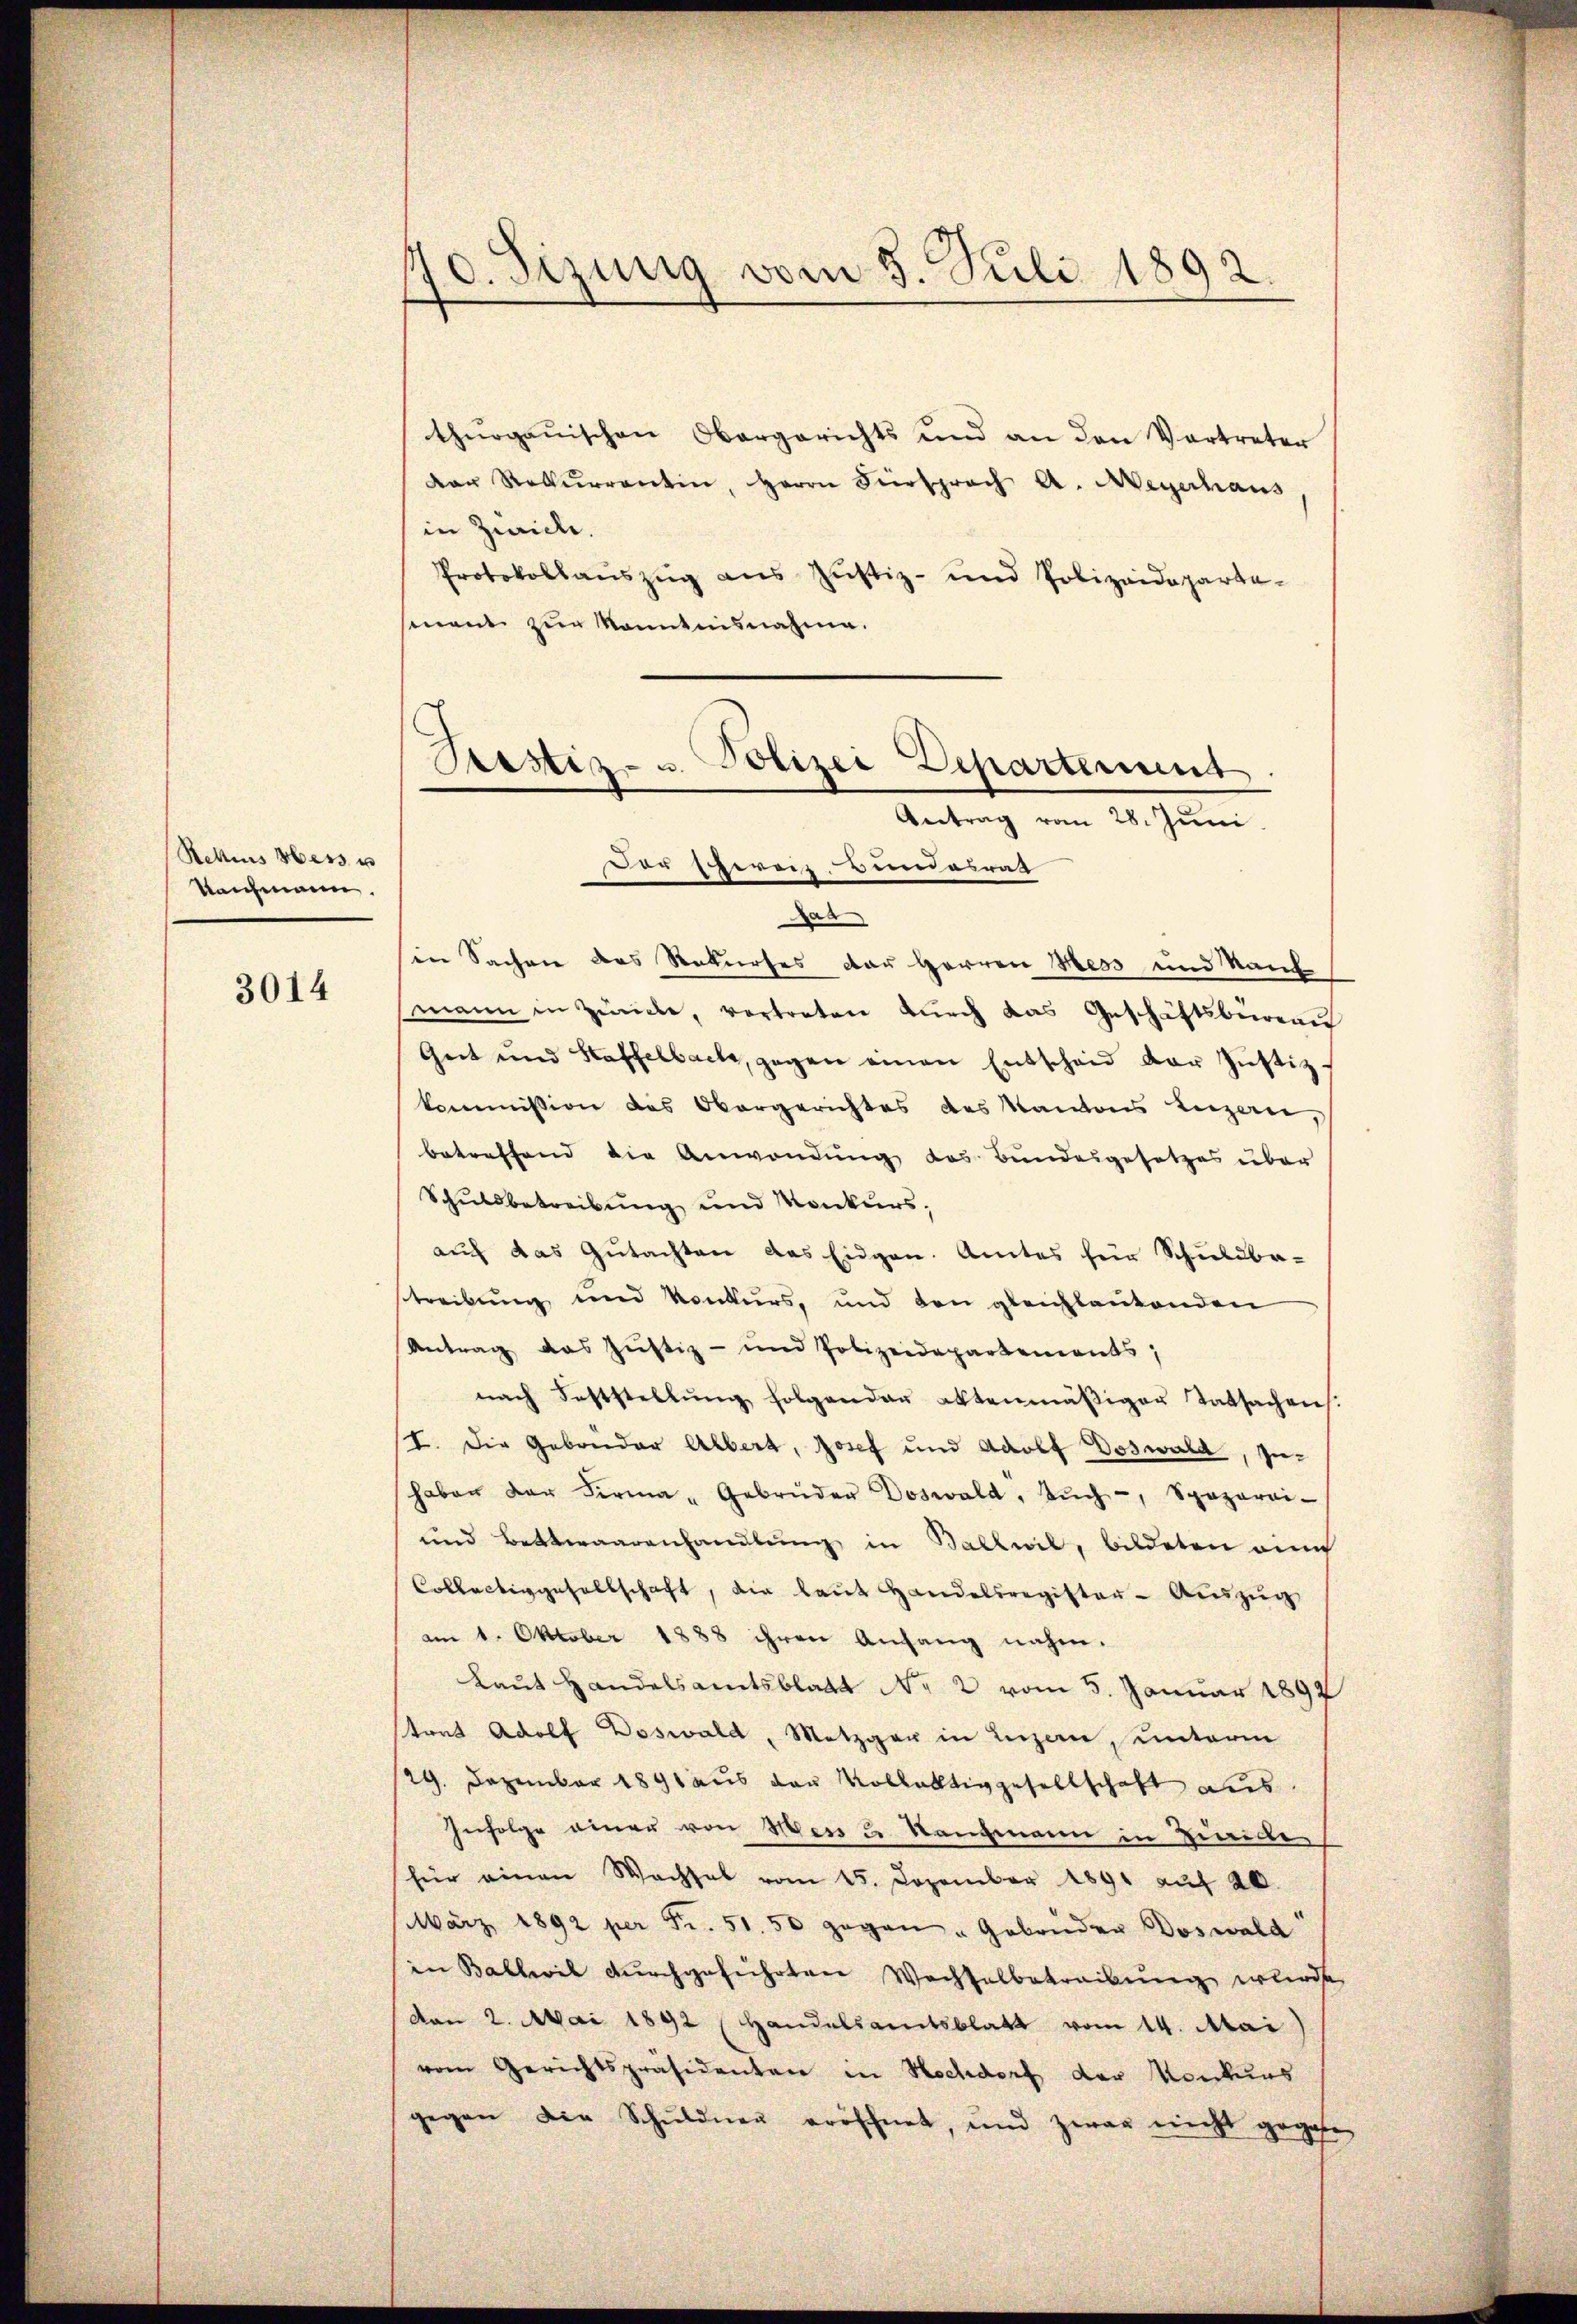
Rettes Hess u
Raichmann.

3014

70. Sizung vom 5. Juli 1892

thŭrgaŭischen Obergerichts und an den Vertreter
Der Rekurrentin, Herrn Fürsprach A. Meyerhaus
in Zivile.
Protokollaŭszŭg ans Justiz- und Polizeideparta-
mnent zur Kenntnisnahme.
Sistiz- u. Polizei Departement
Antrag vom 28. Juni.

Der Schereiz, Bundesrat

as
in Sachen des Rekurses der Herren Hess und Kauf
mann in Zürche, vertreten dŭrch das Geschäftsbüreau
Geit und Staffelbach, gegen einen Entscheid der Justiz-
kommission des Obergerichtes des Kantons Luzern,
betreffend die Anwendung des Bundesgesetzes über
Schuldbetreibung und Konkurs,
auf das Gutachten das Eidgen. Amtes für Schuldba-
streibung und Konkurs, und den gleichlautenden
Antrag das Justiz- und Polizeidepartements;
nach Feststellŭng folgender aktenmäβiger Tatsachens.
I. Die Gebrüder Albert, Josef und Adolf Doswald, In-
haben der Firma - Gebrüder Doswald, Aŭch-, Spaparai-
und Bettwaarenhandlung in Ballwil, bildeten eine
Collectiggesellschaft, die laŭt Handelsregister-Auszug
am 1. Oktober 1888 ihren Anfang nahm.
Laut Handelsamtsblatt No 2 vom 5. Januar 1892
strat Adolf Doswald, Metzger in Luzern, unterm
29. Dezember 1891 aus der Vollatiggesellschaft aus
Infolge einer von Mess u. Rangmann in Zuwide
für einen Wachsel vom 15. Dezember 1891 auf 20.
März 1892 per Fr. 51. 50 gegen " Gebrüder Doswald
in Ballwil durchgeführten Wachsalbetreibung wurde
von 2. Mai 1892 (Handelsamtsblatt vom 14. Mai
vom Gerichtspräsidenten in Hochdorf der Konkurs
gegen die Schuldneŭ eröschnet, und zwar nicht gegebe